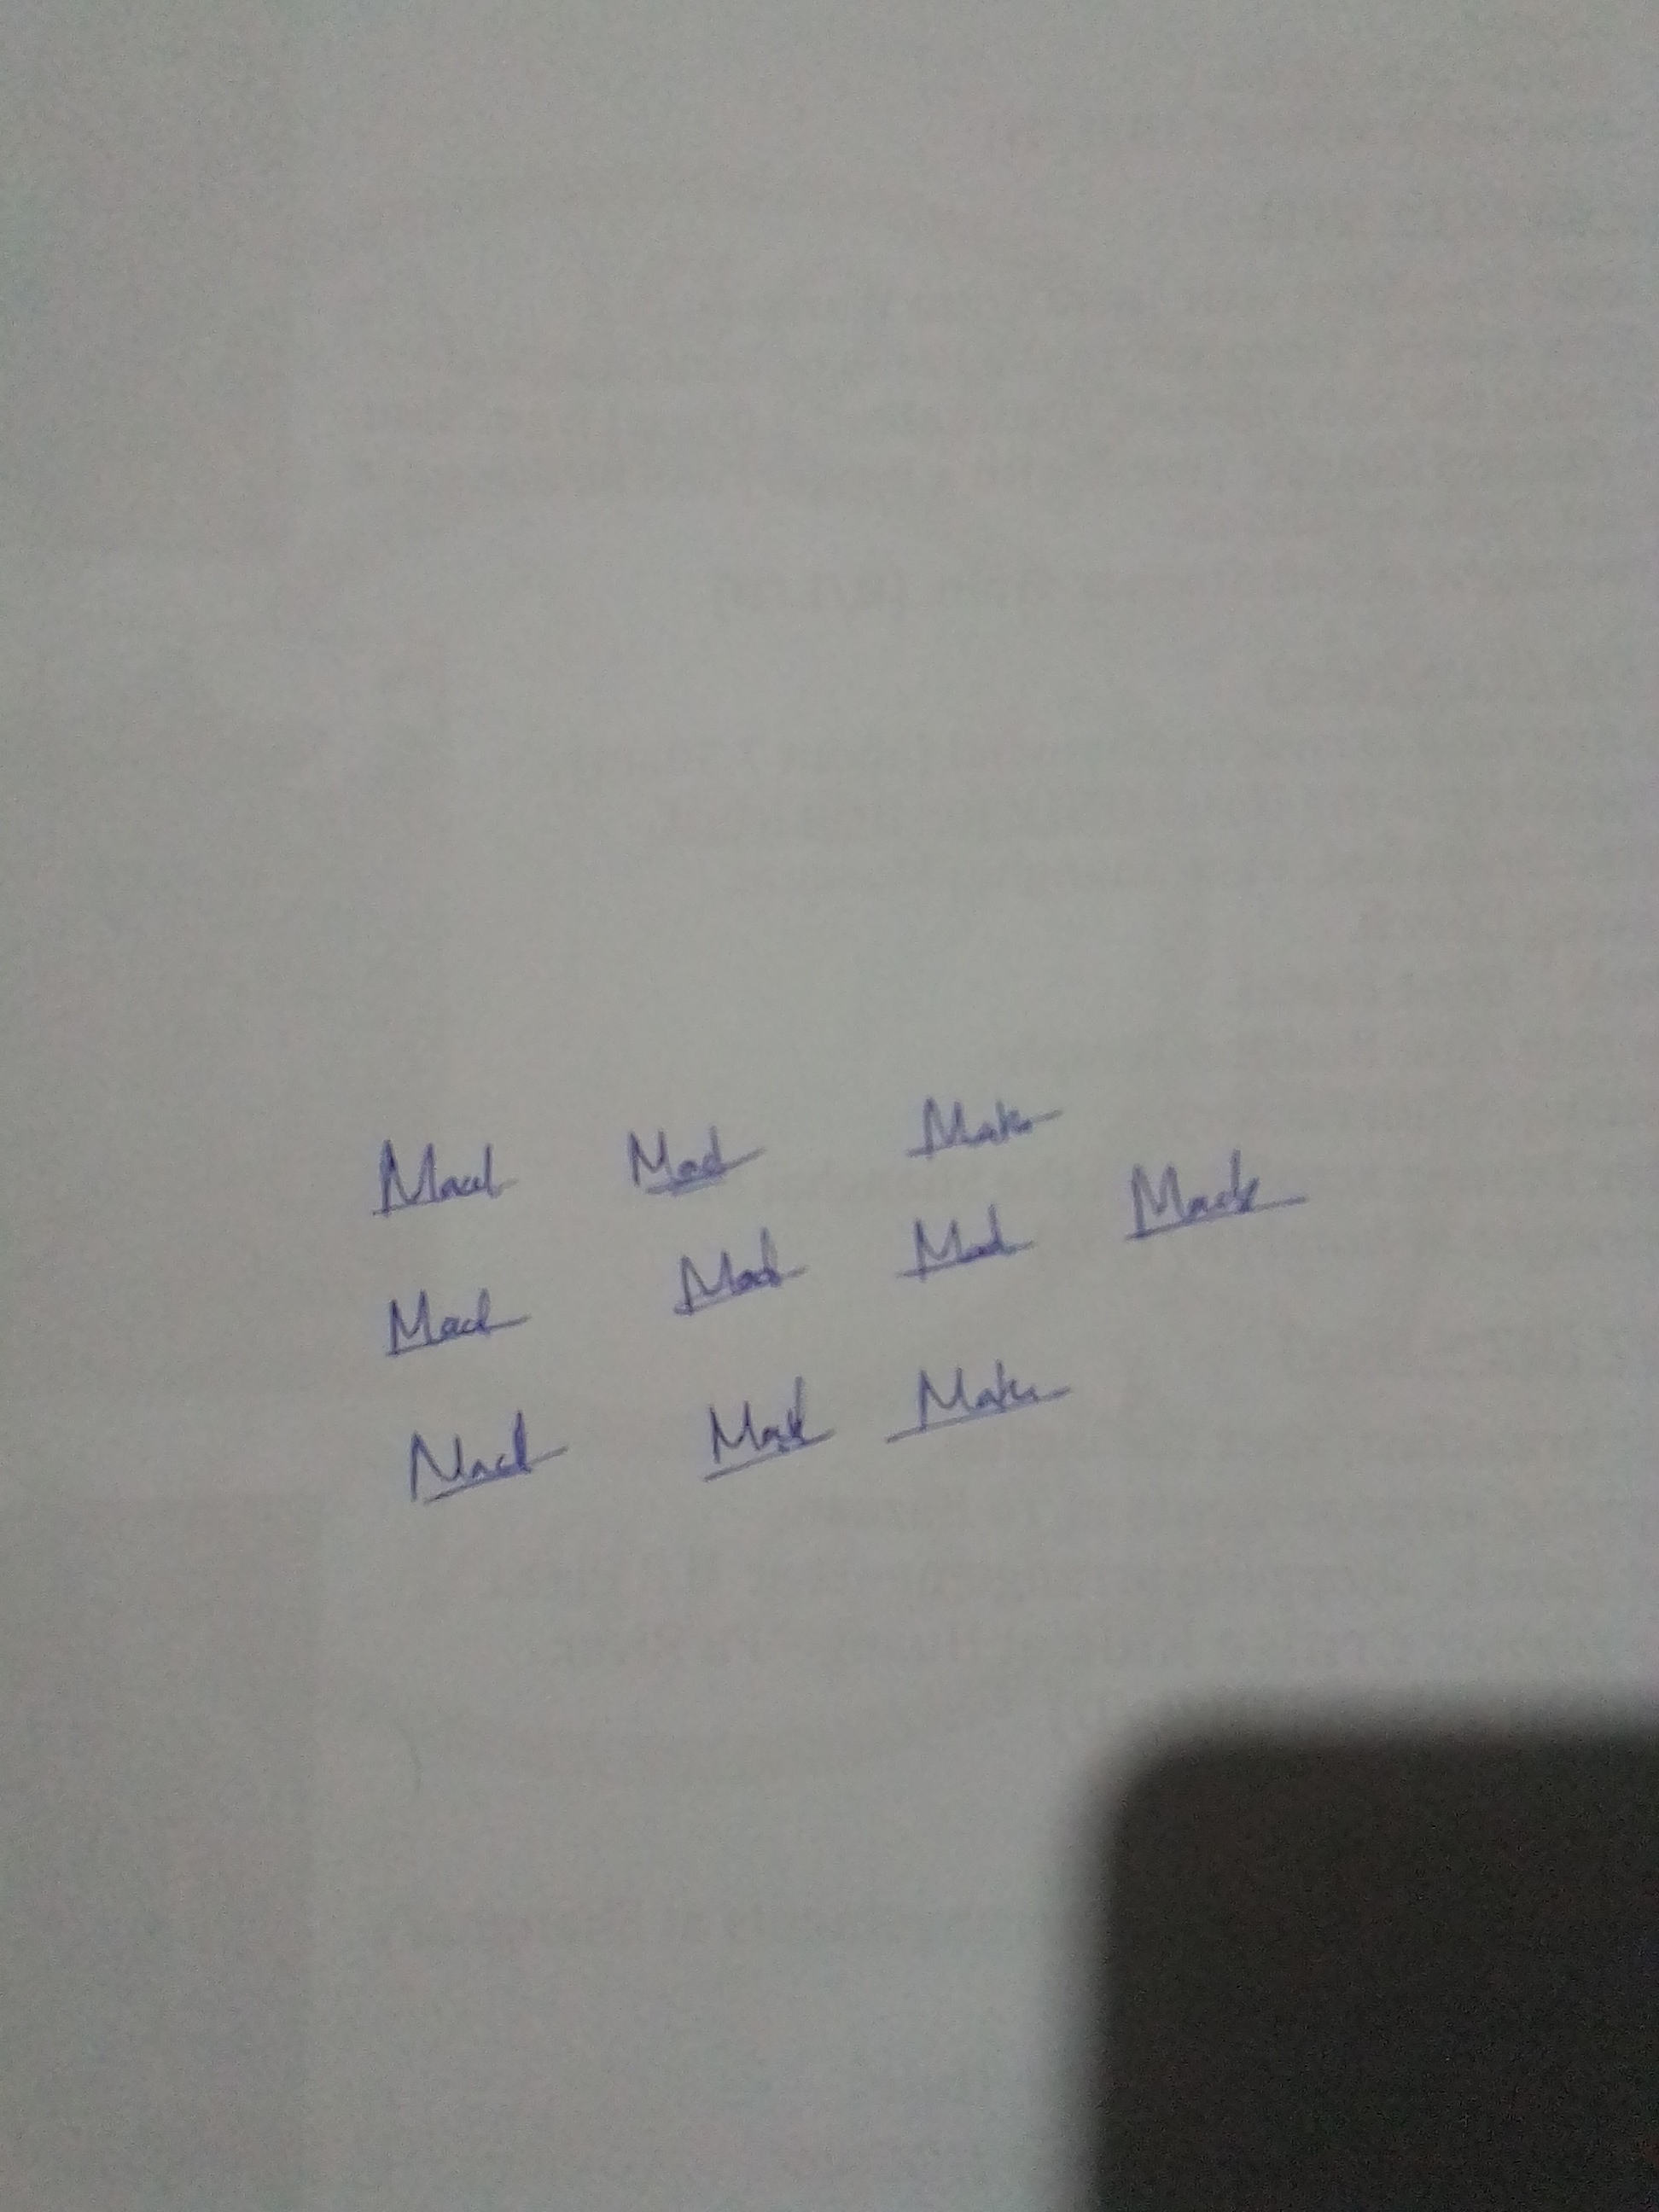
Signature authenticity: genuine